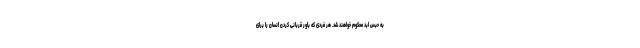
به حبس ابد محکوم خواهند شد. هر فردی که باور قربانی کردن انسان را برای